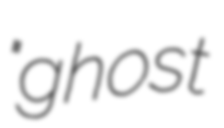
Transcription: "ghost